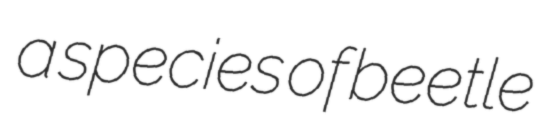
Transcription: a species of beetle